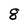
Character: 8